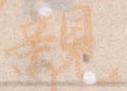
親